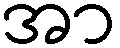
အာ